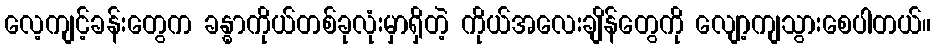
လေ့ကျင့်ခန်းတွေက ခန္ဓာကိုယ်တစ်ခုလုံးမှာရှိတဲ့ ကိုယ်အလေးချိန်တွေကို လျော့ကျသွားစေပါတယ်။